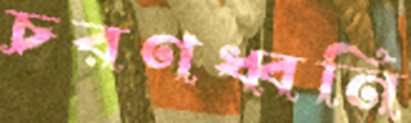
চরণধ্বনি